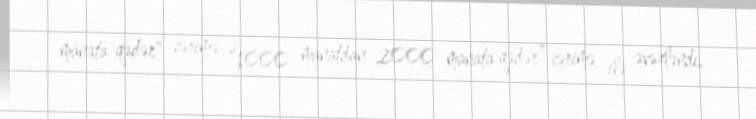
manata qədər" cərimə “1000 manatdan 2000 manata qədər” cərimə ilə əvəzləndi.